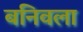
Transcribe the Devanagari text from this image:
बनिवला